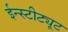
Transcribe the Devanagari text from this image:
ईन्स्टीट्यूट